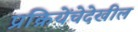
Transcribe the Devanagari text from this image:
प्रक्रियेंचेदेखील